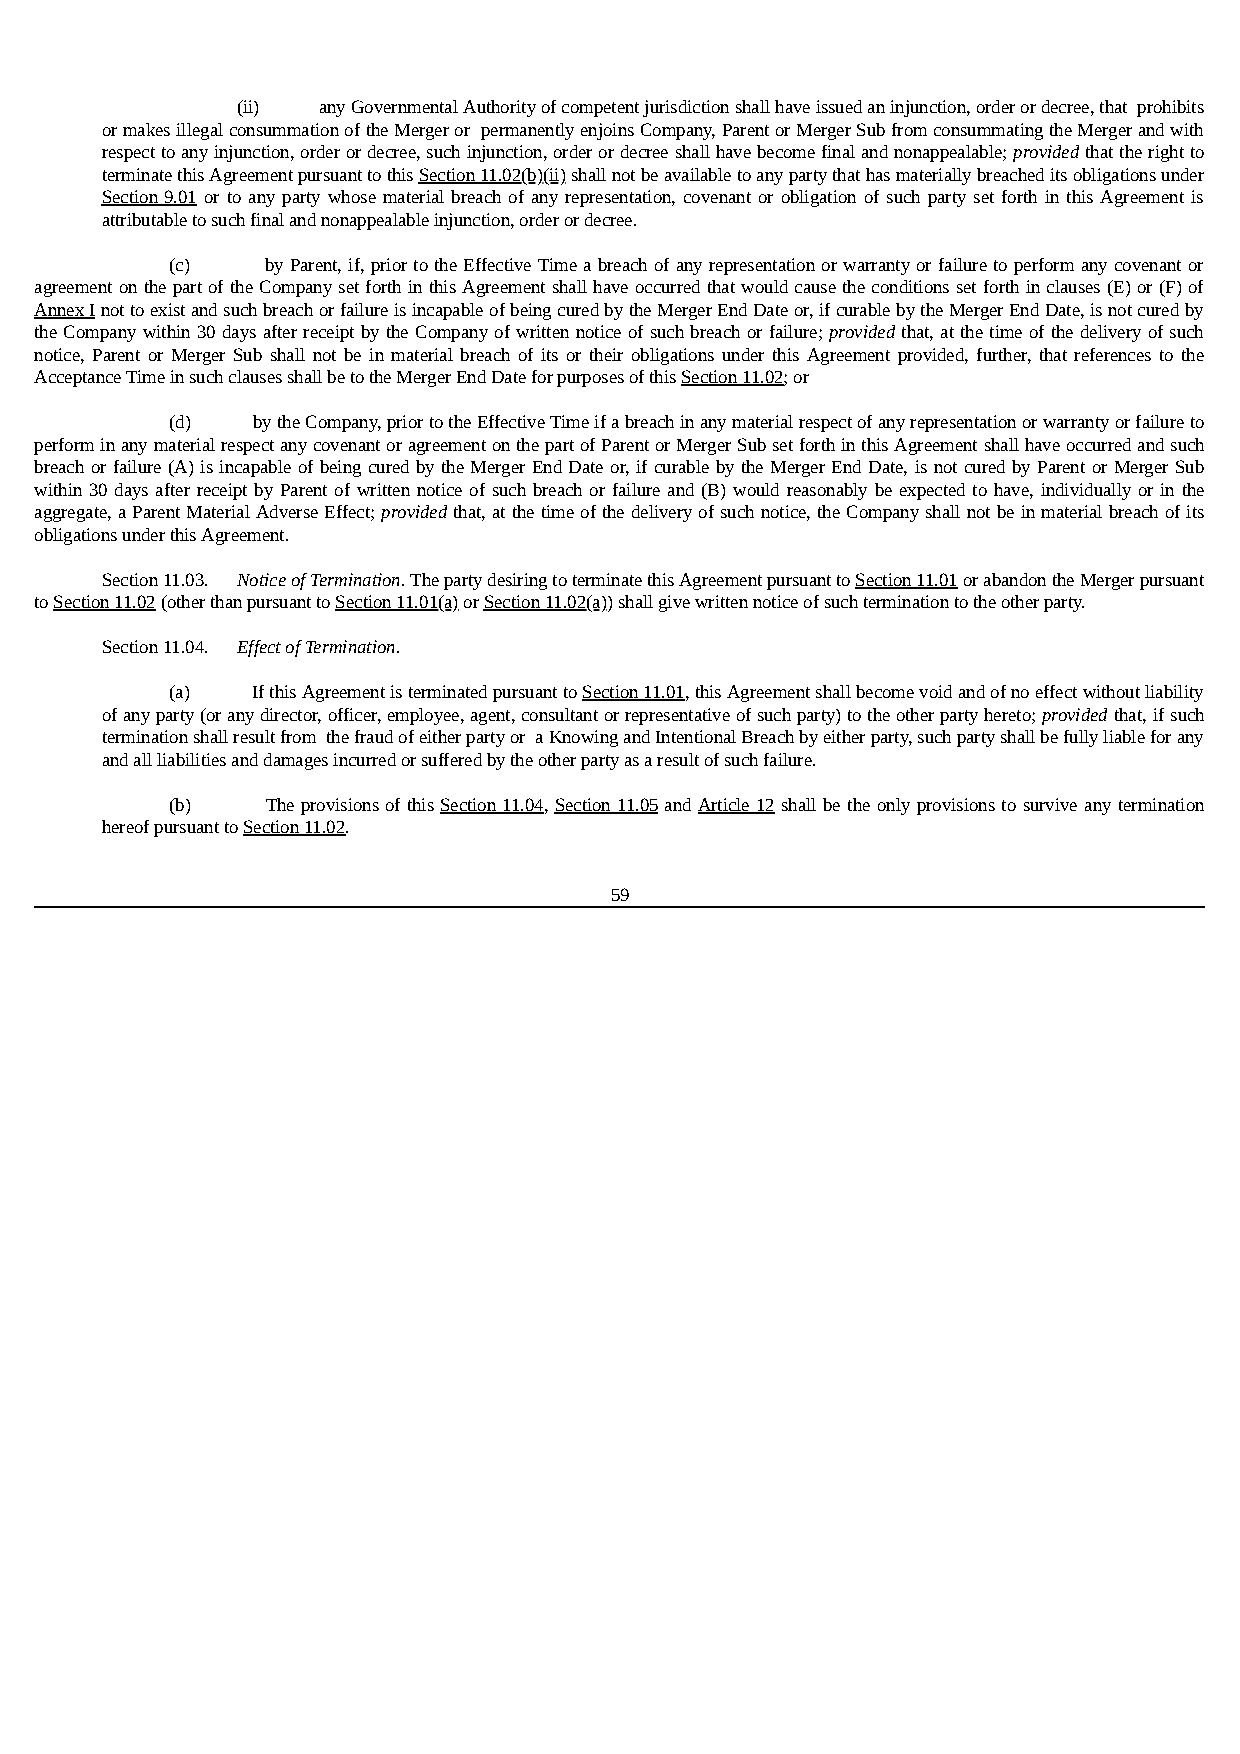
(ii) any Governmental Authority of competent jurisdiction shall have issued an injunction, order or decree, that prohibits
 or makes illegal consummation of the Merger or permanently enjoins Company, Parent or Merger Sub from consummating the Merger and with
 respect to any injunction, order or decree, such injunction, order or decree shall have become final and nonappealable; provided that the right to
 terminate this Agreement pursuant to this Section 11.02(b)(ii) shall not be available to any party that has materially breached its obligations under
 Section 9.01 or to any party whose material breach of any representation, covenant or obligation of such party set forth in this Agreement is
 attributable to such final and nonappealable injunction, order or decree.
 (c)    by Parent, if, prior to the Effective Time a breach of any representation or warranty or failure to perform any covenant or
 agreement on the part of the Company set forth in this Agreement shall have occurred that would cause the conditions set forth in clauses (E) or (F) of
 Annex I not to exist and such breach or failure is incapable of being cured by the Merger End Date or, if curable by the Merger End Date, is not cured by
 the Company within 30 days after receipt by the Company of written notice of such breach or failure; provided that, at the time of the delivery of such
 notice, Parent or Merger Sub shall not be in material breach of its or their obligations under this Agreement provided, further, that references to the
 Acceptance Time in such clauses shall be to the Merger End Date for purposes of this Section 11.02; or
 (d)   by the Company, prior to the Effective Time if a breach in any material respect of any representation or warranty or failure to
 perform in any material respect any covenant or agreement on the part of Parent or Merger Sub set forth in this Agreement shall have occurred and such
 breach or failure (A) is incapable of being cured by the Merger End Date or, if curable by the Merger End Date, is not cured by Parent or Merger Sub
 within 30 days after receipt by Parent of written notice of such breach or failure and (B) would reasonably be expected to have, individually or in the
 aggregate, a Parent Material Adverse Effect; provided that, at the time of the delivery of such notice, the Company shall not be in material breach of its
 obligations under this Agreement.
 Section 11.03. Notice of Termination. The party desiring to terminate this Agreement pursuant to Section 11.01 or abandon the Merger pursuant
 to Section 11.02 (other than pursuant to Section 11.01(a) or Section 11.02(a)) shall give written notice of such termination to the other party.
 Section 11.04. Effect of Termination.
 (a)   If this Agreement is terminated pursuant to Section 11.01, this Agreement shall become void and of no effect without liability
 of any party (or any director, officer, employee, agent, consultant or representative of such party) to the other party hereto; provided that, if such
 termination shall result from the fraud of either party or a Knowing and Intentional Breach by either party, such party shall be fully liable for any
 and all liabilities and damages incurred or suffered by the other party as a result of such failure.
 (b)    The provisions of this Section 11.04, Section 11.05 and Article 12 shall be the only provisions to survive any termination
 hereof pursuant to Section 11.02.
 59